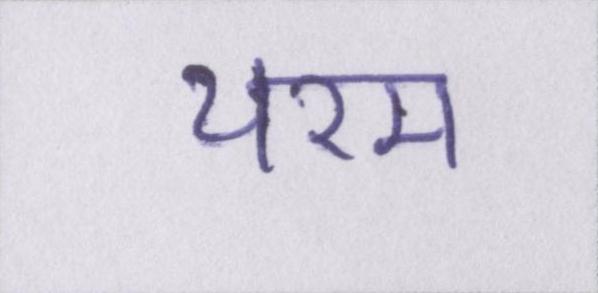
चरम